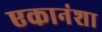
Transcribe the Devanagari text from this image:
एकानंशा